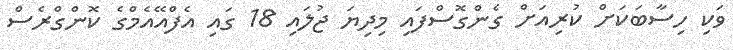
ވަކި ހިސާބަކަށް ކުރިއަށް ގެންގޮސްފައި މިދިޔަ ޖުލައި 18 ގައި އެފްއޭއެމްގެ ކޮންގްރެސް